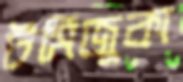
টমিজুকা